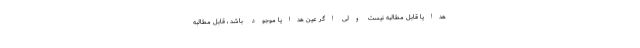
هدایا قابل مطالبه نیست ولی اگر عین هدایا موجود باشد ، قابل مطالبه